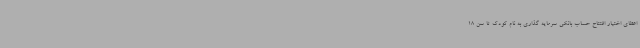
اعطای اختیار افتتاح حساب بانکی سرمایه گذاری به نام کودک تا سن 18